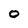
Character: 0